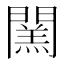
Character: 𨶅